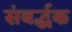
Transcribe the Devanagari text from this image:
संबर्द्धक